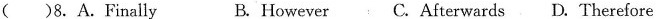
( )8. A.Finally B. However C. Afterwards D.Therefore